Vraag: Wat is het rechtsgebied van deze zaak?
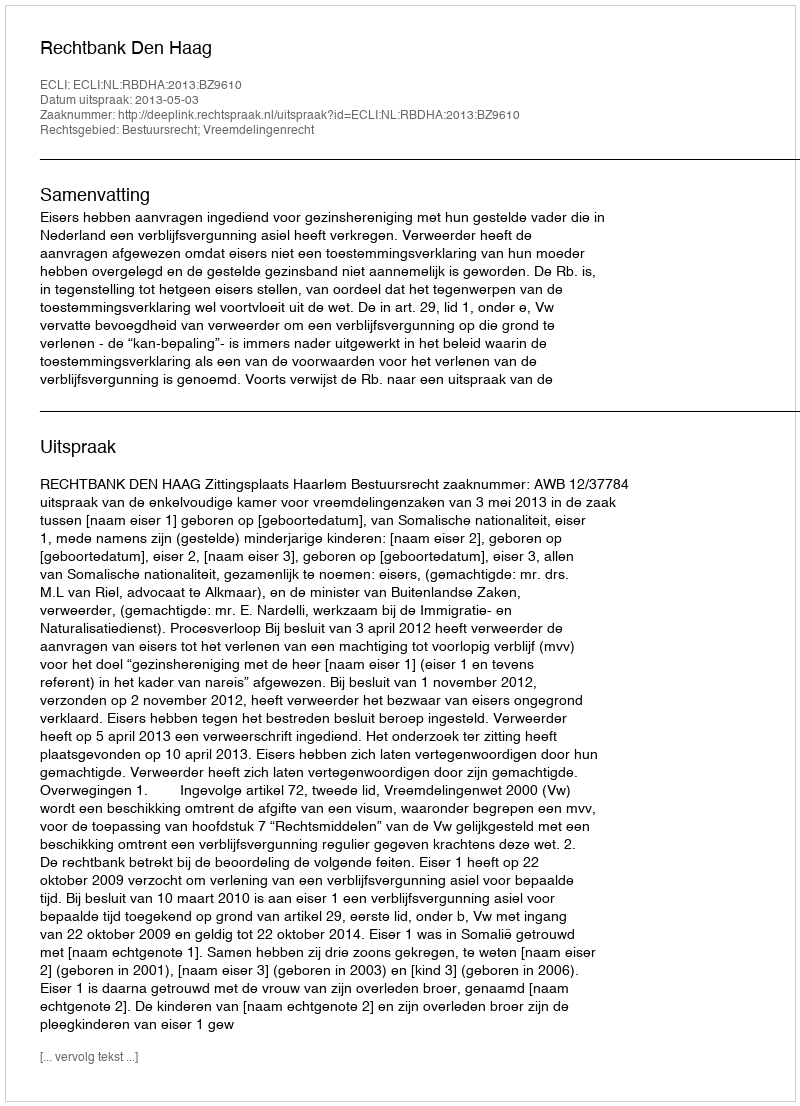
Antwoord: Bestuursrecht; Vreemdelingenrecht